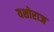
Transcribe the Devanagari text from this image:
यशोराज